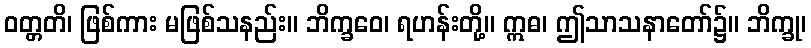
ဝတ္တတိ၊ ဖြစ်ကား မဖြစ်သနည်း။ ဘိက္ခဝေ၊ ရဟန်းတို့။ ဣဓ၊ ဤသာသနာတော်၌။ ဘိက္ခု၊